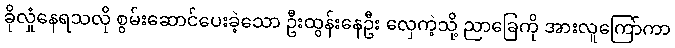
ခိုလှုံနေရသလို စွမ်းဆောင်ပေးခဲ့သော ဦးထွန်းနေဦး လှေကဲ့သို့ ညာခြေကို အားလူကြော်ကာ